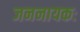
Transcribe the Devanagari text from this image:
जननायकः